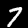
Digit: 7